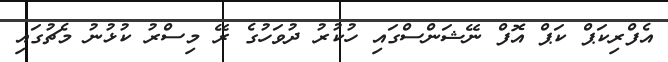
އެފްރިކަޕް ކަޕް އޮފް ނޭޝަންސްގައި ހުކުރު ދުވަހުގެ ރޭ މިސްރު ކުޅުނު މެޗުގައި